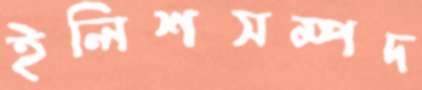
ইলিশসম্পদ